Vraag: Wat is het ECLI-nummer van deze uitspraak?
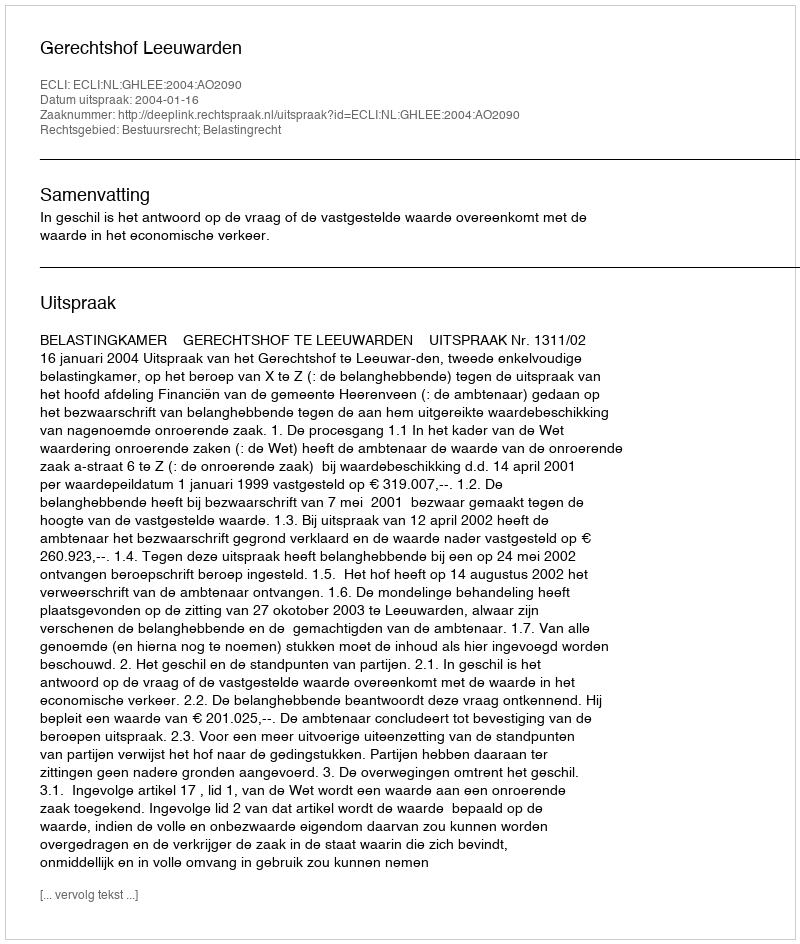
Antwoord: ECLI:NL:GHLEE:2004:AO2090